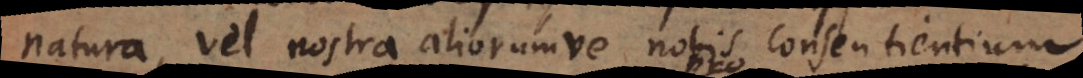
natura, vel nostra aliorumve nobis consentientium